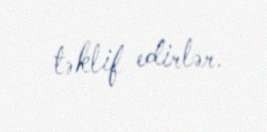
təklif edirlər.